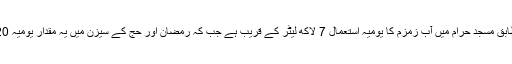
سرکاری اعداد و شمار کے مطابق مسجد حرام میں آب زمزم کا یومیہ استعمال 7 لاکھ لیٹر کے قریب ہے جب کہ رمضان اور حج کے سیزن میں یہ مقدار یومیہ 20 لاکھ لیٹر تک پہنچ جاتی ہے۔